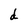
Character: d